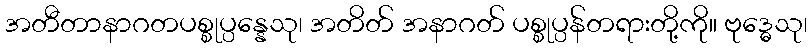
အတီတာနာဂတပစ္စုပ္ပန္နေသု၊ အတိတ် အနာဂတ် ပစ္စုပ္ပန်တရားတို့ကို။ ဗုဒ္ဓေသု၊